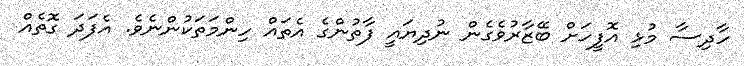
ހާދިސާ މުޅި އޮފީހަށް ބޭޒާރުވެގެން ނުދިޔައީ ފާތުންގެ އެތައް ހިންމަތަކުންނެވެ. އެފަދަ ގޮތެއް